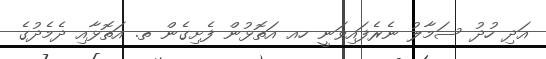
އަދި ހުދު ސަމާލު ނެރެފައިވަނީ ހއ އަތޮޅުން ފެށިގެން ތ. އަތޮޅާއި ދެމެދުގެ